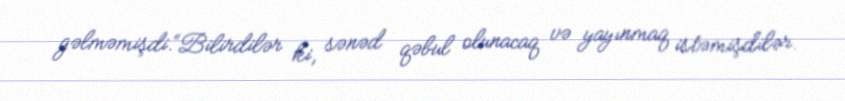
gəlməmişdi.“Bilirdilər ki, sənəd qəbul olunacaq və yayınmaq istəmişdilər.